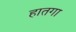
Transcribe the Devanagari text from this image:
हातगा